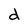
Character: d